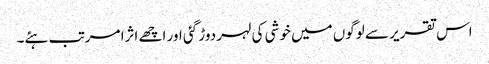
اس تقریر سے لوگوں میں خوشی کی لہر دوڑ گئی اور اچھے اثرا مرتب ہئے۔